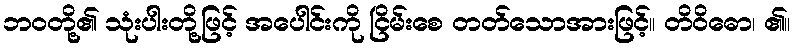
ဘဝတို့၏ သုံးပါးတို့ဖြင့် အပေါင်းကို ငြိမ်းစေ တတ်သောအားဖြင့်။ တိဝိဓော၊ ၏။